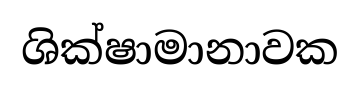
ශික්ෂාමානාවක